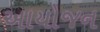
અાયોજન